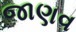
જાણવ